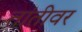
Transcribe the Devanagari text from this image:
तांतीवर